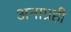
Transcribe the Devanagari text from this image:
अनाग्रही